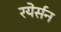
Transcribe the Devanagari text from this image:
रयेर्सन